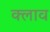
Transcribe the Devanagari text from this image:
क्लाव